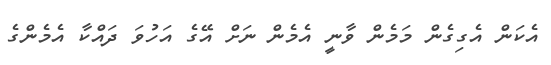
އެކަން އެގިގެން މަމެން ވާނީ އެމެން ނަށް އޭގެ އަހުވަ ދައްކާ އެމެންގެ